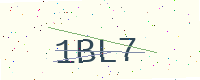
Text: 1BL7